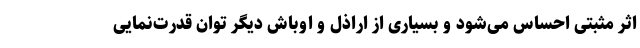
اثر مثبتی احساس می‌شود و بسیاری از اراذل و اوباش دیگر توان قدرت‌نمایی